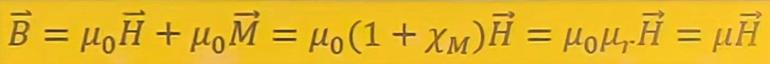
$\vec{B}=\mu_0\vec{H}+\mu_0\vec{M}=\mu_0(1+\chi_M)\vec{H}=\mu_0\mu_r\vec{H}=\mu\vec{H}$